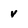
Character: V